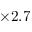
\times 2 . 7